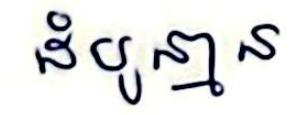
ដំបូន្មាន